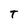
Character: T